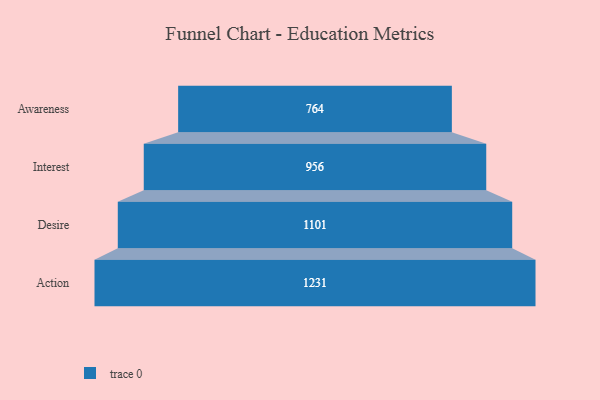
{"axis": {"x": "Stage", "y": "Value"}, "legend": [""], "data": [{"x": "Awareness", "y": 764.0, "type": ""}, {"x": "Interest", "y": 956.0, "type": ""}, {"x": "Desire", "y": 1101.0, "type": ""}, {"x": "Action", "y": 1231.0, "type": ""}]}